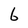
Character: 6